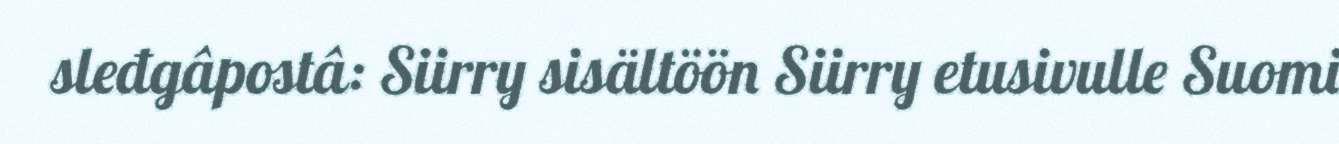
sleđgâpostâ: Siirry sisältöön Siirry etusivulle Suomi